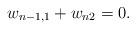
LaTeX: \begin{align*}w_{n-1,1}+w_{n2}=0.\end{align*}